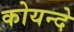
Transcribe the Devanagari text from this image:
कोयन्दे